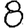
Digit: 8